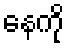
နေကို